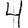
Digit: 4